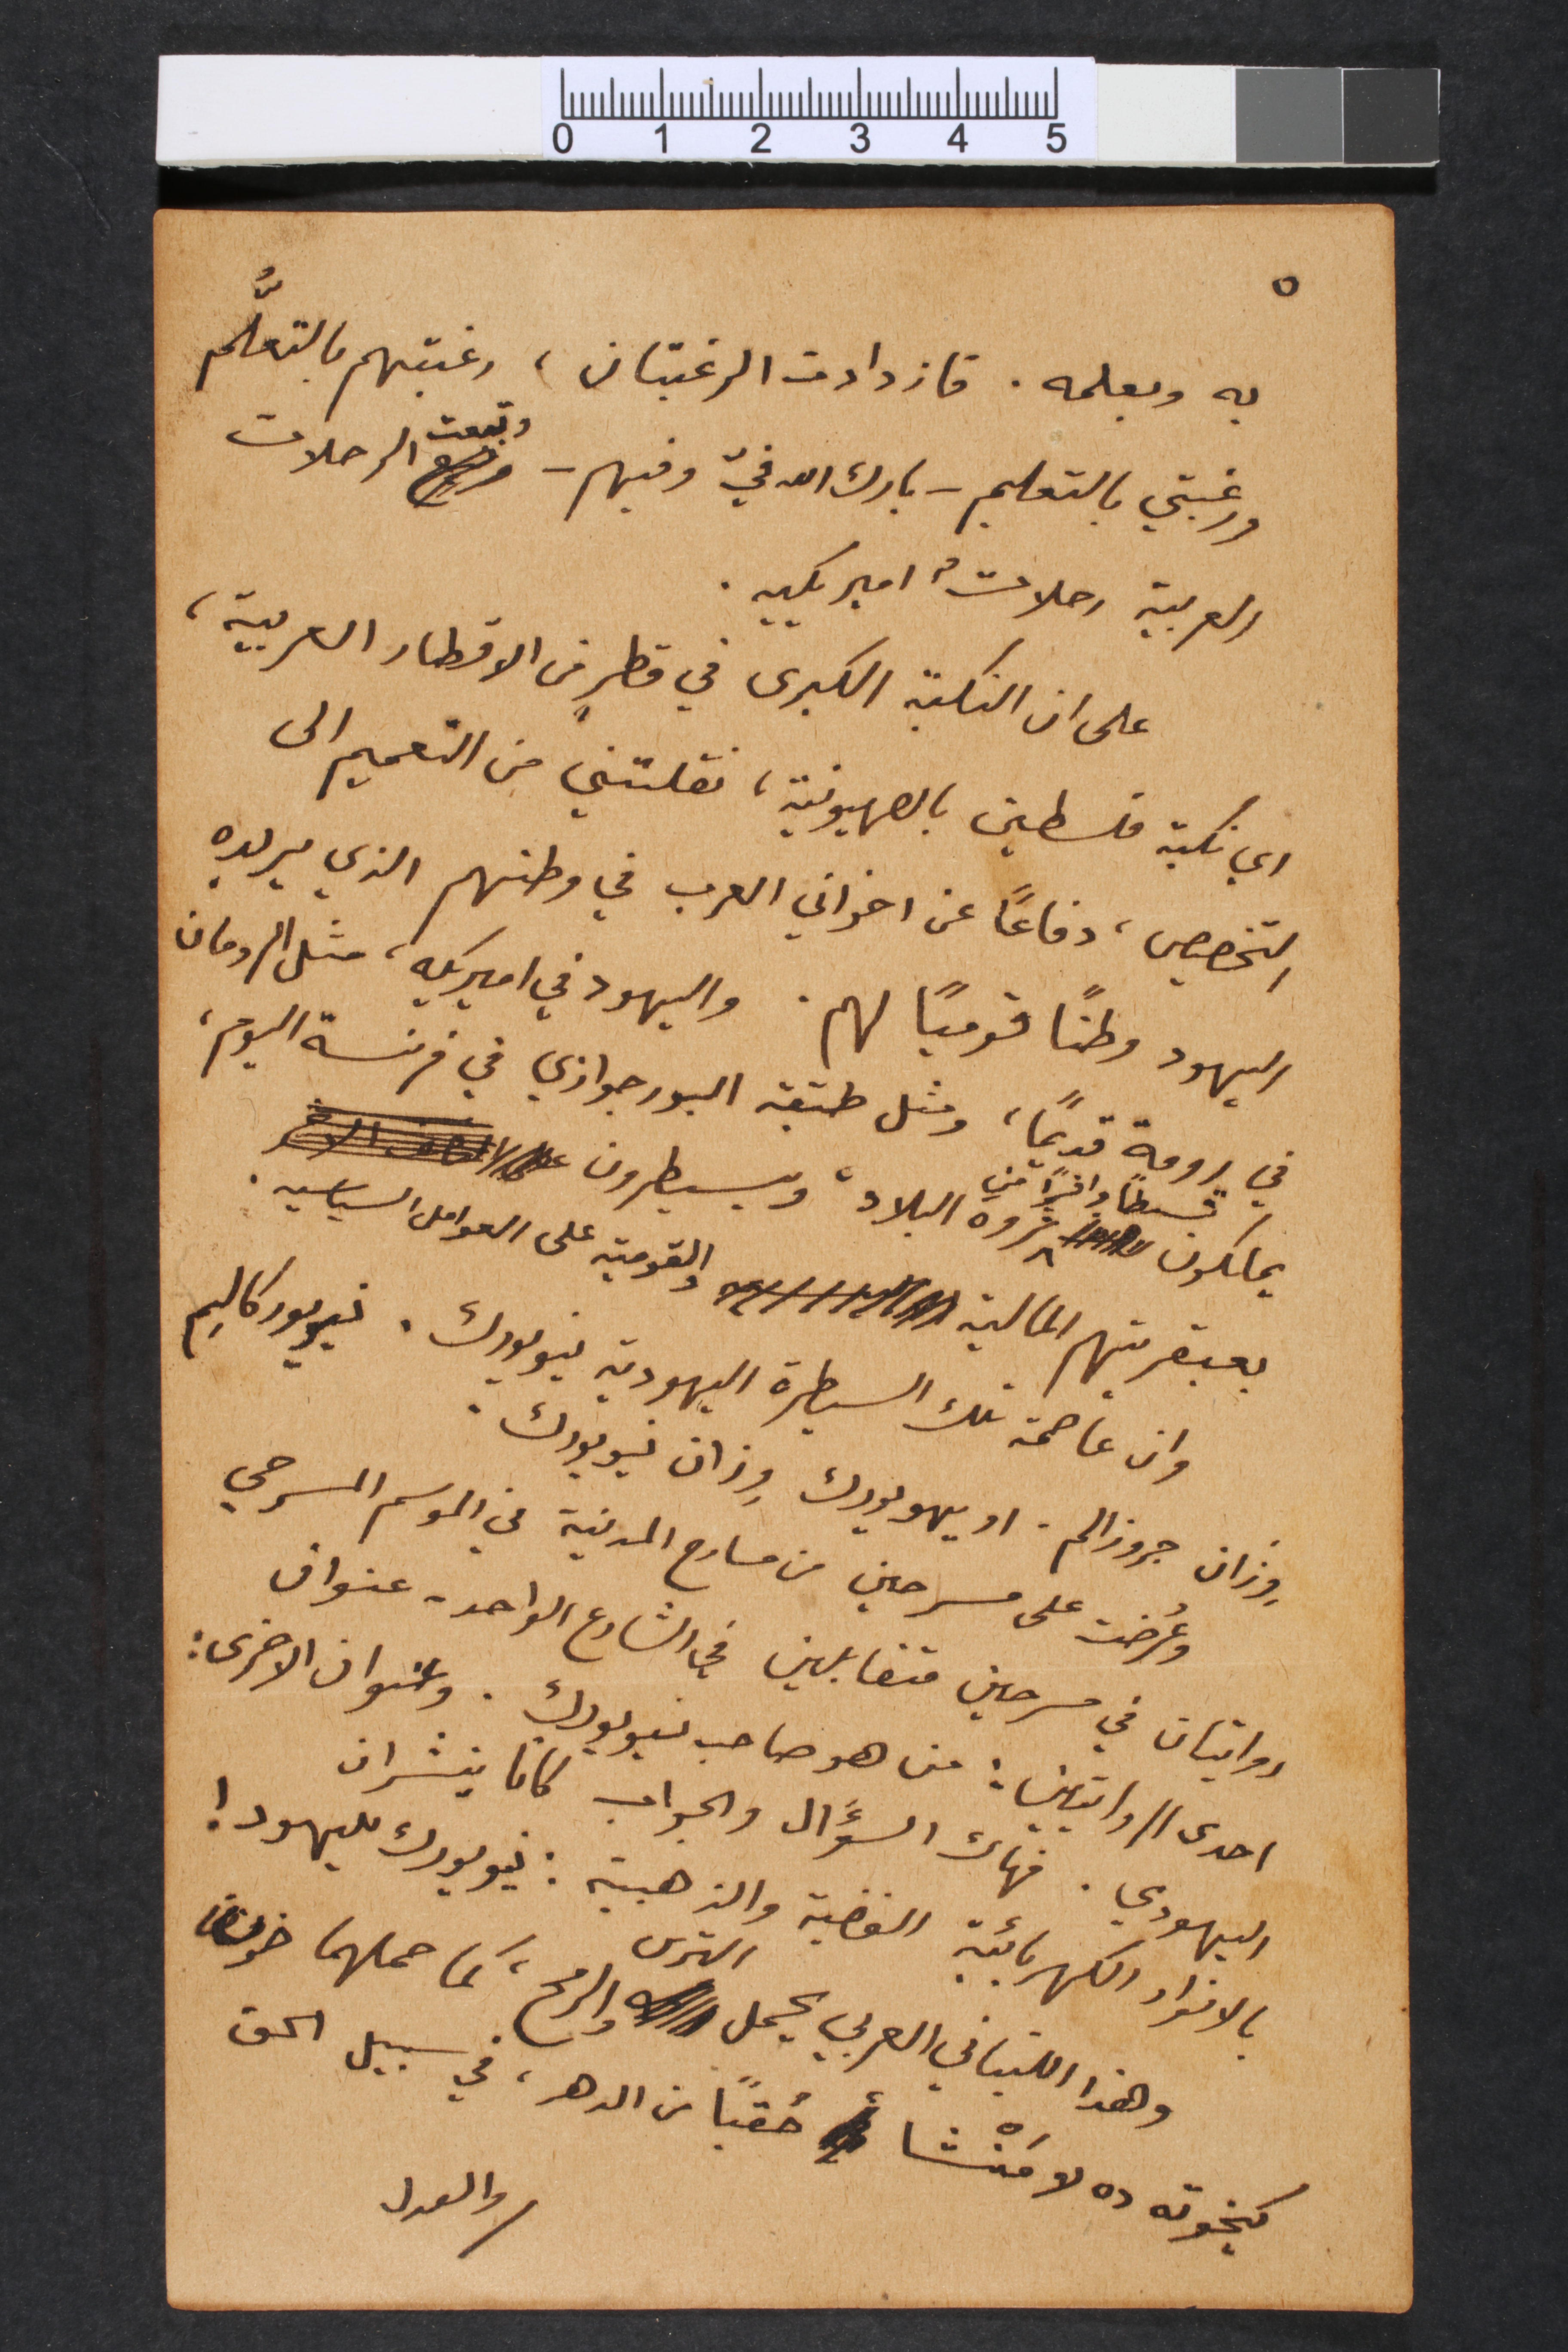
٥
به وبعلمه. فازدادات الرغبتان، رغبتهم بالتعلُّم
ورغبتي بالتعلم – بارك الله فيّ وفيهم – وتبعت الرحلات
العربية رحلاتٌ اميريكيه.
على ان النكبة الكبرى في قطرٍ من الاقطار العربية،
اي نكبة فلسطين بالصهيونية، نقلتني من التعميم الى
التخصيص، دفاعاً عن اخواني العرب في وطنهم الذي يريده
اليهود وطناً قومياً لهم. واليهود في اميريكه، مثل الرومان
في رومة قديماً، ومثل طبقة البورجوازي في فرنسة اليوم،
يملكون قسطاً وافراً من ثروة البلاد ويسيطرون
بعبقريتهم المالية والقومية على العوامل السياسيه.
وان عاصمة تلك السيطرة اليهودية نيويورك. نيويوركاليم
وعُرضت على مسرحين من مسارح المدنية في الموسم المسرحي
روايتان في مسرحين متقابلين في الشارع الواحد – عنوان
احدى الروايتين: من هو صاحب نيويورك. وعنوان الاخرى
اليهودي. فهاك السؤَل والجواب كانا ينشران
بالانوار الكهربائية الفضية والذهبية: نيويورك لليهود!
وهذا اللبناني العربي يحمل الترس والرمح، كما حملهما ضون
كيخوته ده لا مَنْشا حُقباً من الدهر، في سبيل الحق
والعدل
وِزان جروزالم. او يهويورك وِزان نيويورك.